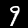
Digit: 9